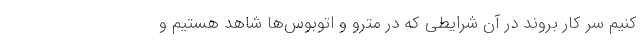
کنیم سر کار بروند در آن شرایطی که در مترو و اتوبوس‌ها شاهد هستیم و